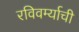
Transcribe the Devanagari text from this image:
रविवर्म्याची